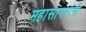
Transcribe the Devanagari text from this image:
महासागरांनी